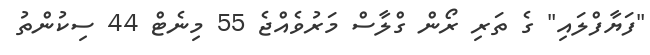
"ފަޔާފްލައި" ގެ ތަރި ރޯން ގްލާސް މަރުވެއްޖެ 55 މިނެޓް 44 ސިކުންތު